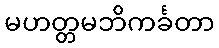
မဟတ္တမဘိကင်္ခတာ